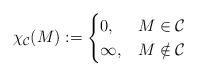
LaTeX: \begin{align*}\chi_{\mathcal{C}}(M) := \begin{cases}0, & M \in \mathcal{C}\\\infty, & M\notin \mathcal{C}\end{cases}\end{align*}